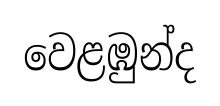
වෙළඹුන්ද